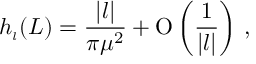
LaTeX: h _ { \scriptscriptstyle { l } } ( L ) = \frac { | l | } { \pi \mu ^ { 2 } } + \mathrm { O } \left( \frac { 1 } { | l | } \right) \, ,